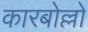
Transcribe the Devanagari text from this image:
कारबोल्लो